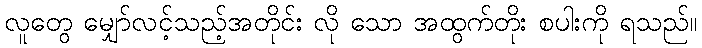
လူတွေ မျှော်လင့်သည့်အတိုင်း လို သော အထွက်တိုး စပါးကို ရသည်။